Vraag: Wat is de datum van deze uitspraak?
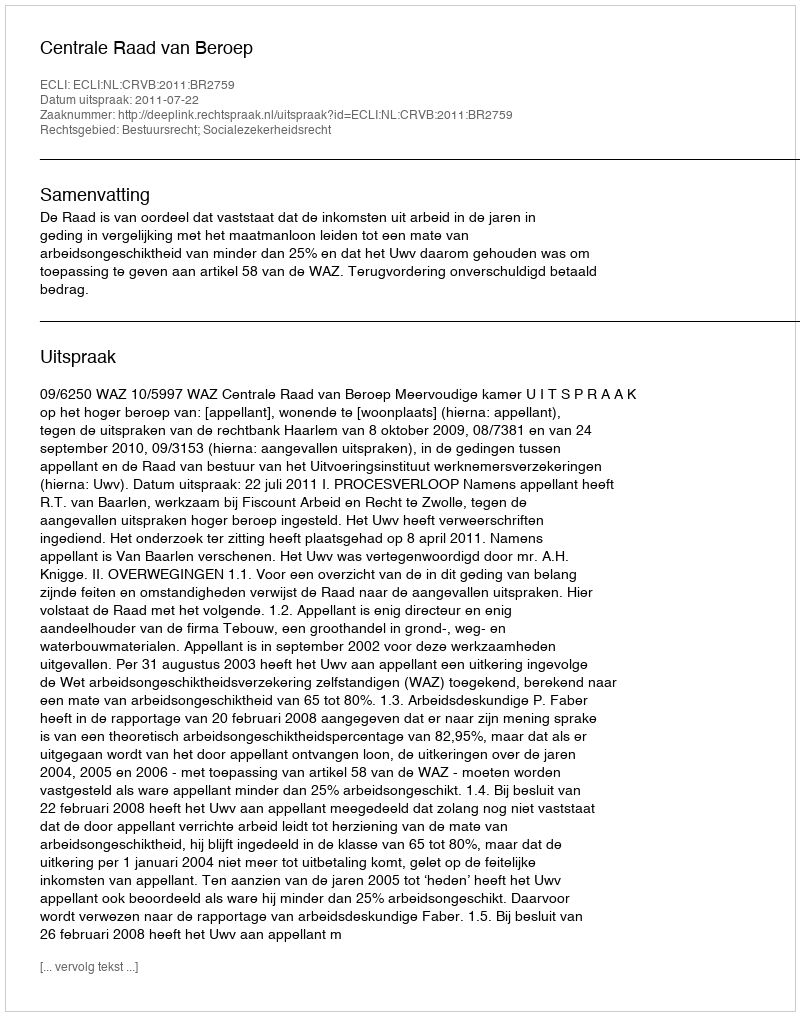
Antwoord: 2011-07-22